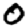
Digit: 0